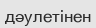
дәулетінен